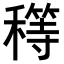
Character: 𥢜